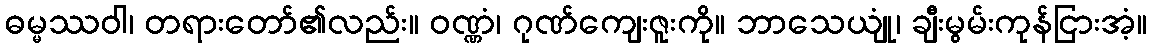
ဓမ္မဿဝါ၊ တရားတော်၏လည်း။ ဝဏ္ဏံ၊ ဂုဏ်ကျေးဇူးကို။ ဘာသေယျုံ၊ ချီးမွမ်းကုန်ငြားအံ့။